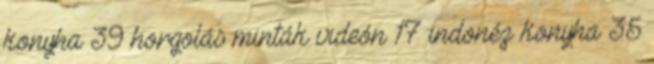
konyha 39 horgolás minták videón 17 indonéz konyha 35